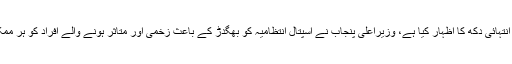
وزیراعلیٰ پنجاب شہباز شریف نے ملتان واقعے پر انتہائی دکھ کا اظہار کیا ہے، وزیراعلیٰ پنجاب نے اسپتال انتظامیہ کو بھگدڑ کے باعث زخمی اور متاثر ہونے والے افراد کو ہر ممکن بہترین طبی امداد فراہم کرنے کی ہدایت کی ہے۔